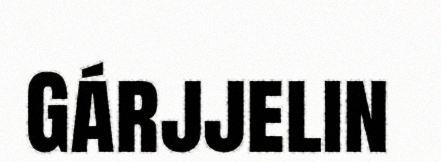
Gárjjelin